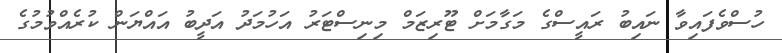
ހުސްވެފައިވާ ނައިބު ރައީސްގެ މަގާމަށް ޓޫރިޒަމް މިނިސްޓަރު އަހުމަދު އަދީބު އައްޔަން ކުރެއްވުމުގެ